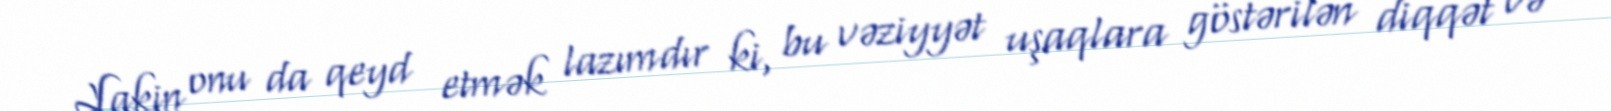
Lakin onu da qeyd etmək lazımdır ki, bu vəziyyət uşaqlara göstərilən diqqət və